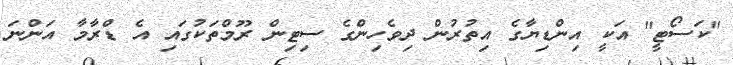
"ކަސޯޓީ" އަކީ އިންޑިޔާގެ އިތުރުން ދިވެހިންގެ ސިޓިން ރޫމްތަކުގައި އެ ޑްރާމާ އަންނަ